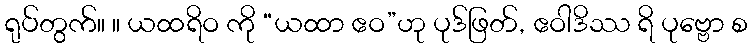
ရုပ်တွက်။ ။ ယထရိဝ ကို “ယထာ ဧဝ”ဟု ပုဒ်ဖြတ်, ဧဝါဒိဿ ရိ ပုဗ္ဗော စ